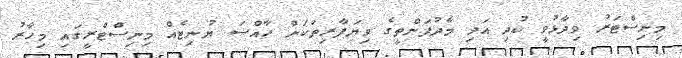
މިނިސްޓަރު ވިދާޅުވީ ކުދި އަދި މެދުފަންތީގެ ވިޔަފާރިތަކަށް ހާއްސަ ޔުނިޓެއް މިނިސްޓްރީގައި މިހާރު